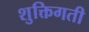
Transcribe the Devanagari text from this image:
शुक्तिगती